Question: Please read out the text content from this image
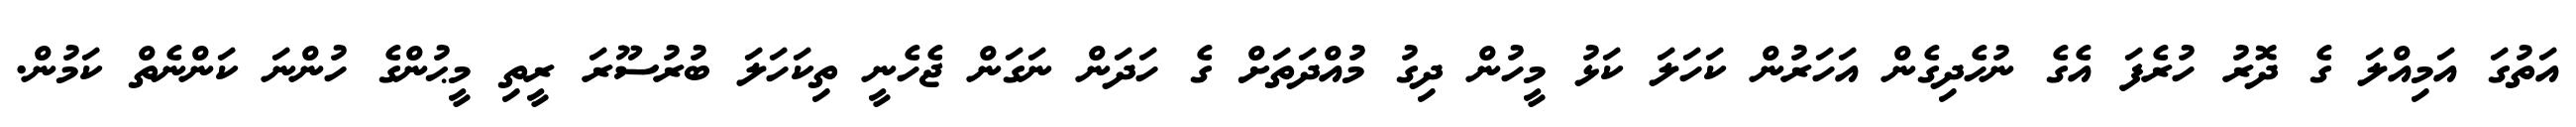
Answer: އަތުގަ އަމިއްލަ ގެ ދޮރު ހުރެފަ އެގެ ނުހެދިގެން އަހަރުން ކަހަލަ ކަޅު މީހުން ދިގު މުއްދަތަށް ގެ ހަދަން ނަގަން ޖެހެނީ ތިކަހަލަ ބުރުސޫރަ ރީތި މީޙުންގެ ހުންނަ ކަންނެތް ކަމުން.